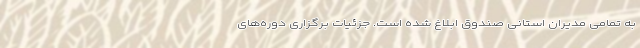
به تمامی مدیران استانی صندوق ابلاغ شده است. جزئیات برگزاری دوره‌های